Senior Leaving Certificate Examination (including Day School Certificate (Higher) General paper), 1948
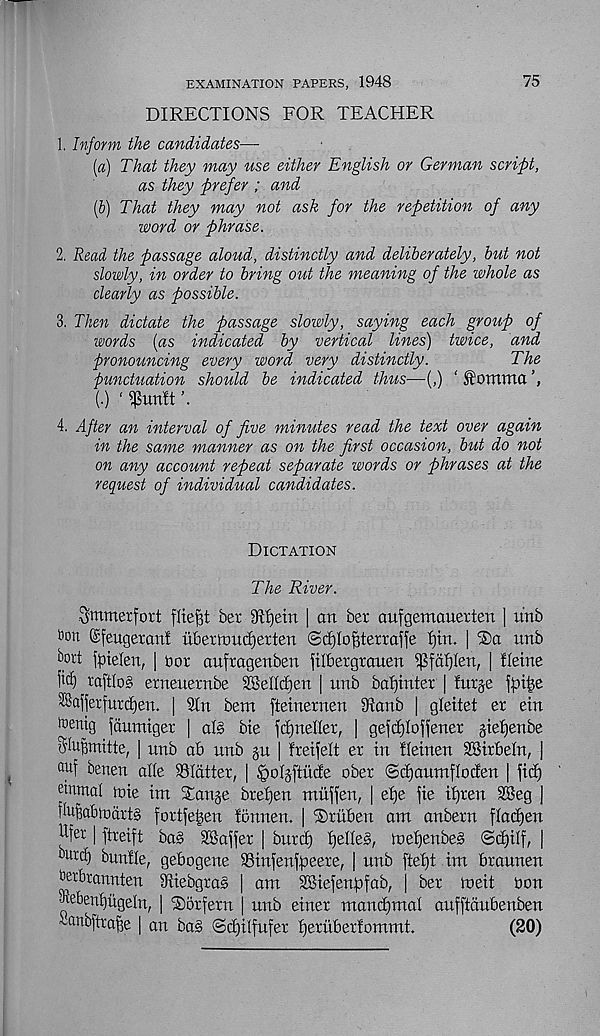
EXAMINATION PAPERS, 1948
DIRECTIONS FOR TEACHER
75
1. Inform the candidates—■
[а) That they may use either English or German script,
as they prefer ; and
(б) That they may not ask for the repetition of any
word or phrase.
2. Read the passage aloud, distinctly and deliberately, but not
slowly, in order to bring out the meaning of the whole as
dearly as possible.
3. Then dictate the passage slowly, saying each group of
words (as indicated by vertical lines) twice, and
pronouncing every word very distinctly.
The
punctuation should be indicated thus—(,) ‘ $omma
(.) ‘ ^Uttft
4. After an interval of five minutes read the text over again
in the same manner as on the first occasion, but do not
on any account repeat separate words or phrases at the
request of individual candidates.
Dictation
The River.
Smmerfort fliefit ber 941)etn | an ber aufgemauerten | unb
fcon ©feugeran! ubetft)ucf)erten ©tfjlo^terraffe Ijin. |
unb
kort faielen, | Dor aufragenben jtlbetgrauen $fnf)Ien, | Heine
1ic£) raftIo§ erneuetnbe SBellHjen | unb bafjinter | lurje
SSajjerfurdjen. | 9ln bent fteinernen 9ianb | gleitet er ein
^entg jaumtger | als bte fdjneller, | gefc£)Ioffener §ief)enbe
b^uBmitte, | nnb ab unb gu | freifelt er in Heinen SBirbeln, |
ail I ^enen at(e SSIdtter, | ^oljftittie ober @d)aumfIocfen | fid)
einmal toie im Xan§e brefjen miiffen, | elje fie it)ten 28eg j
fiuBabindrts fortfeijen fonnen. | ®tubeu am anbern fladjen
Ufet | ftreift ba§ SBaffer | burcf) Ijelleg, tne^enbe§ @(f)ilf, |
“ urc^ bunlle, gebogene 93iufenfpeere, | unb fte'£)t im braunen
tobrannten Mebgras | am 3BiefenfDfab, | ber ineit bon
•Ae6enf)ugeln, | ’Sorfern | unb einer mancf)mal aufftdubenben
banbftraffe | an bag ©djilfufer fjeruberfommt.
(20)